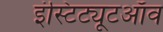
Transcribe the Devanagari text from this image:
इंस्टिट्यूटऑव